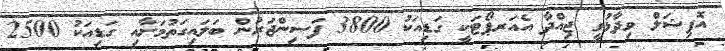
އޮފިޝަލް ވިދާޅުވީ ޖިއްދާ އެއަރޕޯޓަކީ ގަޑިއަކު 3800 ފަސިންޖަރުން ބަލައިގަތުމަށާއި ގަޑިއަކު 2500